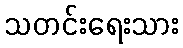
သတင်းရေးသား